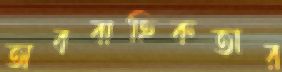
অববাহিকতার